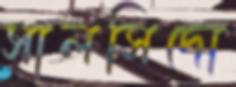
সালসিদো